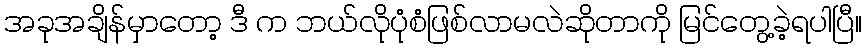
အခုအချိန်မှာတော့ ဒီ က ဘယ်လိုပုံစံဖြစ်လာမလဲဆိုတာကို မြင်တွေ့ခဲ့ရပါပြီ။